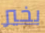
بخير